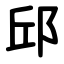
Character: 邱